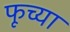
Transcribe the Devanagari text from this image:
फूच्या